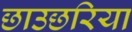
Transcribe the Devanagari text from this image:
छाउछरिया